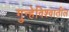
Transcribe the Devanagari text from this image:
गुन्हेविश्वातील